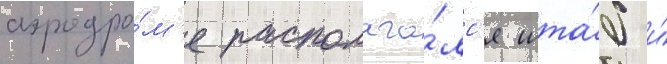
аэродро́м'е располага́лс'я шта́б и́